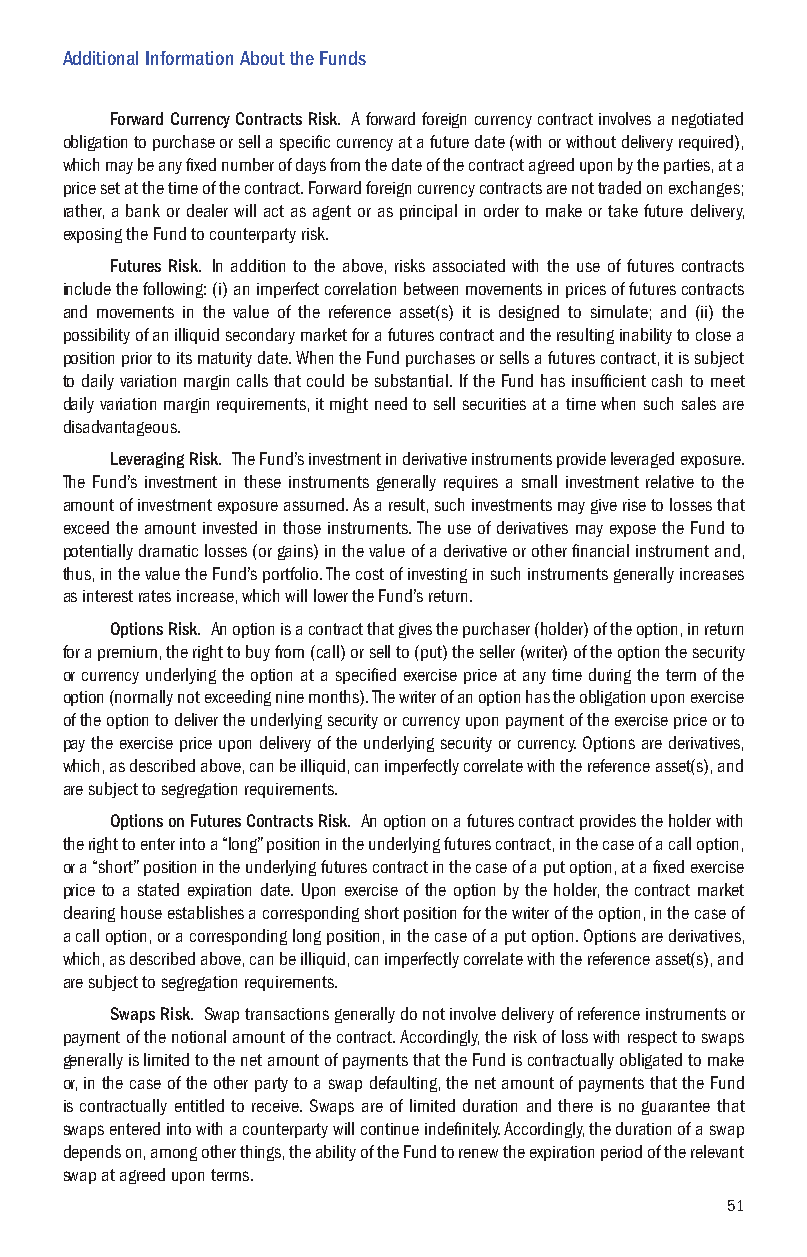
Additional Information About the Funds
 Forward Currency Contracts Risk. A forward foreign currency contract involves a negotiated
 obligation to purchase or sell a specific currency at a future date (with or without delivery required),
 which may be any fixed number of days from the date of the contract agreed upon by the parties, at a
 price set at the time of the contract. Forward foreign currency contracts are not traded on exchanges;
 rather, a bank or dealer will act as agent or as principal in order to make or take future delivery,
 exposing the Fund to counterparty risk.
 Futures Risk. In addition to the above, risks associated with the use of futures contracts
 include the following: (i) an imperfect correlation between movements in prices of futures contracts
 and movements in the value of the reference asset(s) it is designed to simulate; and (ii) the
 possibility of an illiquid secondary market for a futures contract and the resulting inability to close a
 position prior to its maturity date. When the Fund purchases or sells a futures contract, it is subject
 to daily variation margin calls that could be substantial. If the Fund has insufficient cash to meet
 daily variation margin requirements, it might need to sell securities at a time when such sales are
 disadvantageous.
 Leveraging Risk. The Fund’s investment in derivative instruments provide leveraged exposure.
 The Fund’s investment in these instruments generally requires a small investment relative to the
 amount of investment exposure assumed. As a result, such investments may give rise to losses that
 exceed the amount invested in those instruments. The use of derivatives may expose the Fund to
 potentially dramatic losses (or gains) in the value of a derivative or other financial instrument and,
 thus, in the value the Fund’s portfolio. The cost of investing in such instruments generally increases
 as interest rates increase, which will lower the Fund’s return.
 Options Risk. An option is a contract that gives the purchaser (holder) of the option, in return
 for a premium, the right to buy from (call) or sell to (put) the seller (writer) of the option the security
 or currency underlying the option at a specified exercise price at any time during the term of the
 option (normally not exceeding nine months). The writer of an option has the obligation upon exercise
 of the option to deliver the underlying security or currency upon payment of the exercise price or to
 pay the exercise price upon delivery of the underlying security or currency. Options are derivatives,
 which, as described above, can be illiquid, can imperfectly correlate with the reference asset(s), and
 are subject to segregation requirements.
 Options on Futures Contracts Risk. An option on a futures contract provides the holder with
 the right to enter into a “long” position in the underlying futures contract, in the case of a call option,
 or a “short” position in the underlying futures contract in the case of a put option, at a fixed exercise
 price to a stated expiration date. Upon exercise of the option by the holder, the contract market
 clearing house establishes a corresponding short position for the writer of the option, in the case of
 a call option, or a corresponding long position, in the case of a put option. Options are derivatives,
 which, as described above, can be illiquid, can imperfectly correlate with the reference asset(s), and
 are subject to segregation requirements.
 Swaps Risk. Swap transactions generally do not involve delivery of reference instruments or
 payment of the notional amount of the contract. Accordingly, the risk of loss with respect to swaps
 generally is limited to the net amount of payments that the Fund is contractually obligated to make
 or, in the case of the other party to a swap defaulting, the net amount of payments that the Fund
 is contractually entitled to receive. Swaps are of limited duration and there is no guarantee that
 swaps entered into with a counterparty will continue indefinitely. Accordingly, the duration of a swap
 depends on, among other things, the ability of the Fund to renew the expiration period of the relevant
 swap at agreed upon terms.
 51